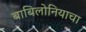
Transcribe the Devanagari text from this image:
बाबिलोनियाचा